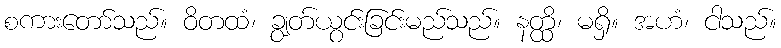
စကားတော်သည်။ ဝိတထံ၊ ချွတ်ယွင်းခြင်းမည်သည်။ နတ္ထိ၊ မရှိ။ အဟံ၊ ငါသည်။